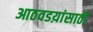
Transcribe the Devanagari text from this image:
आठवडय़ांसाठी